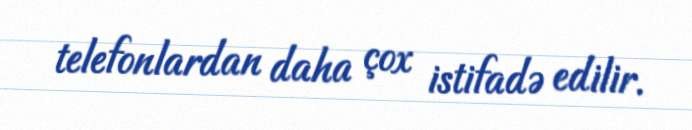
telefonlardan daha çox istifadə edilir.